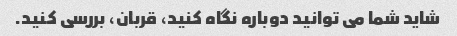
شاید شما می توانید دوباره نگاه کنید، قربان، بررسی کنید.